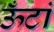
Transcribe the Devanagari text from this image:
ऊँटां